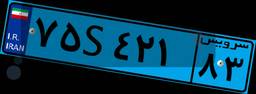
۷۵S۴۲۱۸۳